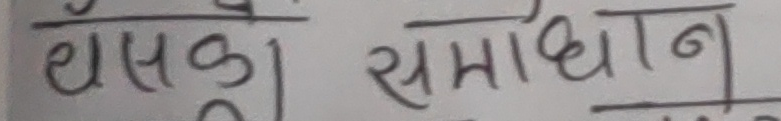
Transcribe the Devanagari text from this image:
धसकाडा समाधान